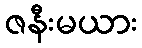
ဇနီးမယား